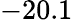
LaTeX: -20.1